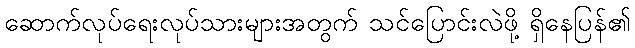
ဆောက်လုပ်ရေးလုပ်သားများအတွက် သင်ပြောင်းလဲဖို့ ရှိနေပြန်၏